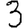
Digit: 3